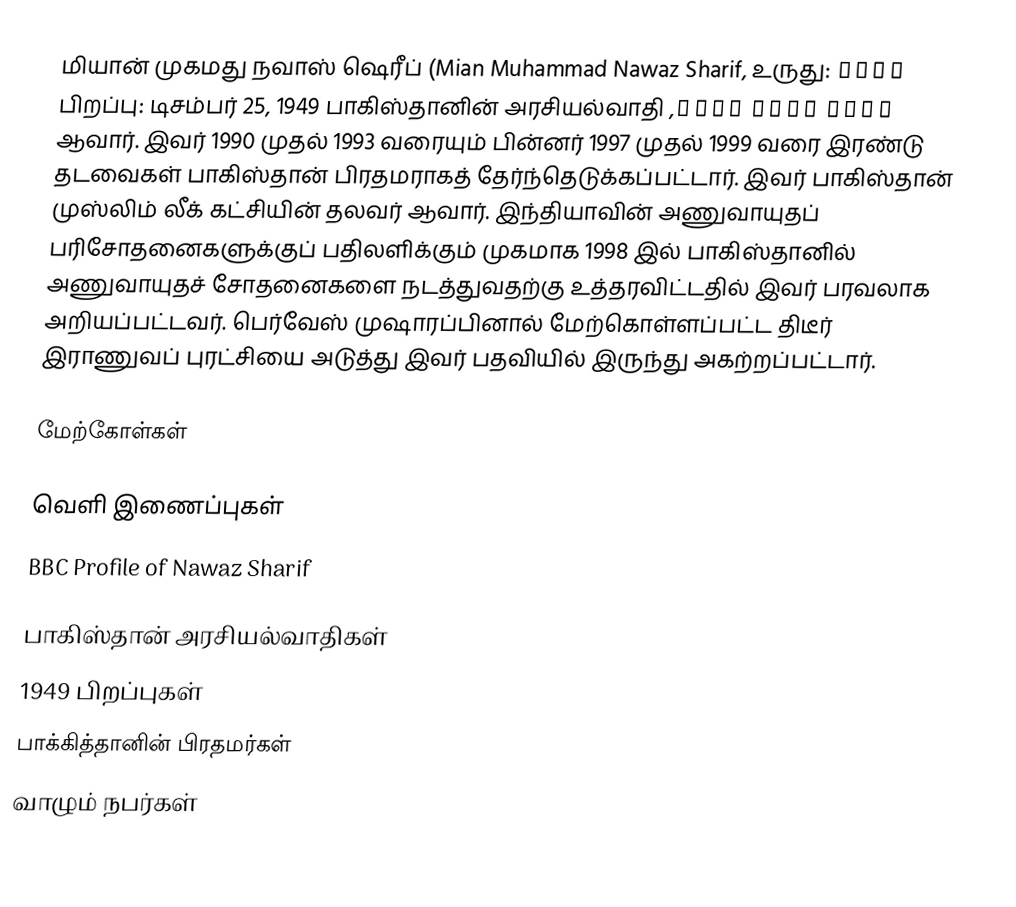
மியான் முகமது நவாஸ் ஷெரீப் (Mian Muhammad Nawaz Sharif, உருது: میاں محمد نواز شریف, பிறப்பு: டிசம்பர் 25, 1949 பாகிஸ்தானின் அரசியல்வாதி ஆவார். இவர் 1990 முதல் 1993 வரையும் பின்னர் 1997 முதல் 1999 வரை இரண்டு தடவைகள் பாகிஸ்தான் பிரதமராகத் தேர்ந்தெடுக்கப்பட்டார். இவர் பாகிஸ்தான் முஸ்லிம் லீக் கட்சியின் தலவர் ஆவார். இந்தியாவின் அணுவாயுதப் பரிசோதனைகளுக்குப் பதிலளிக்கும் முகமாக 1998 இல் பாகிஸ்தானில் அணுவாயுதச் சோதனைகளை நடத்துவதற்கு உத்தரவிட்டதில் இவர் பரவலாக அறியப்பட்டவர். பெர்வேஸ் முஷாரப்பினால் மேற்கொள்ளப்பட்ட திடீர் இராணுவப் புரட்சியை அடுத்து இவர் பதவியில் இருந்து அகற்றப்பட்டார்.

மேற்கோள்கள்

வெளி இணைப்புகள்
 BBC Profile of Nawaz Sharif

பாகிஸ்தான் அரசியல்வாதிகள்
1949 பிறப்புகள்
பாக்கித்தானின் பிரதமர்கள்
வாழும் நபர்கள்